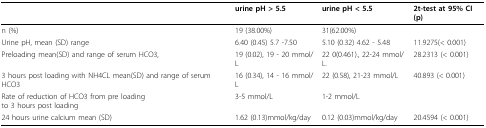
<table><thead><tr><td></td><td><b>urine pH &gt; 5.5</b></td><td><b>urine pH &lt; 5.5</b></td><td><b>2t-test at 95% CI (p)</b></td></tr></thead><tbody><tr><td>n (%)</td><td>19 (38.00%)</td><td>31(62.00%)</td><td></td></tr><tr><td>Urine pH, mean (SD) range</td><td>6.40 (0.45) 5.7 -7.50</td><td>5.10 (0.32) 4.62 - 5.48</td><td>11.9275(&lt; 0.001)</td></tr><tr><td>Preloading mean(SD) and range of serum HCO3,</td><td>19 (0.02), 19 - 20 mmol/L</td><td>22 0(0.461)., 22-24 mmol/L.</td><td>28.2313 (&lt; 0.001)</td></tr><tr><td>3 hours post loading with NH4CL mean(SD) and range of serum HCO3</td><td>16 (0.34), 14 - 16 mmol/L</td><td>22 (0.58), 21-23 mmol/L</td><td>40.893 (&lt; 0.001)</td></tr><tr><td>Rate of reduction of HCO3 from pre loadingto 3 hours post loading</td><td>3-5 mmol/L</td><td>1-2 mmol/L</td><td></td></tr><tr><td>24 hours urine calcium mean (SD)</td><td>1.62 (0.13)mmol/kg/day</td><td>0.12 (0.03)mmol/kg/day</td><td>20.4594 (&lt; 0.001)</td></tr></tbody></table>